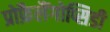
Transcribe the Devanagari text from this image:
प्रोफ़ैलैंगोप्सिडी